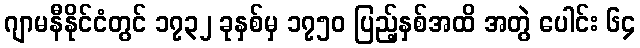
ဂျာမနီနိုင်ငံတွင် ၁၇၃၂ ခုနှစ်မှ ၁၇၅၀ ပြည့်နှစ်အထိ အတွဲ ပေါင်း ၆၄